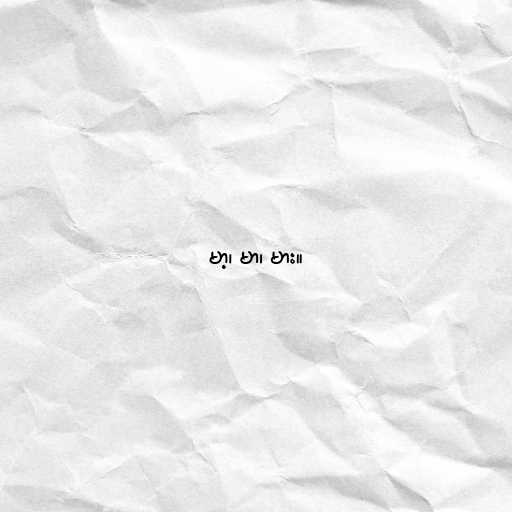
မာ့၊ မာ၊ မား။